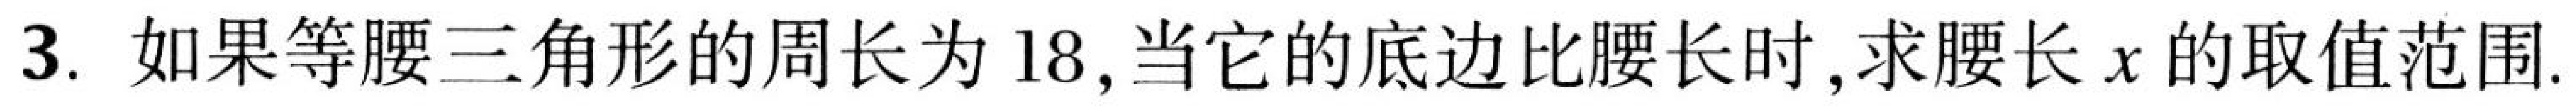
3. 如果等腰三角形的周长为\(18\), 当它的底边比腰长时, 求腰长\(x\)的取值范围.